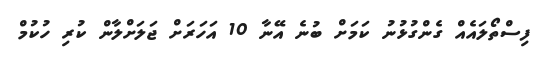
ފިސްތޯލައެއް ގެންގުޅުނު ކަމަށް ބުނެ އޭނާ 10 އަހަރަށް ޖަލަށްލާން ކުރި ހުކުމް